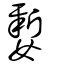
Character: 㜪